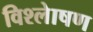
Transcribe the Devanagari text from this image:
विश्लेाषण